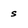
Character: s